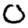
Digit: 0